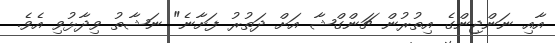
އާއި ނަންޖިންގެ އިތުރުން ޗަންގްޝާ އަށް ދަތުރު ފަށާނެ" ނަޝާތު ވިދާޅުވި އެވެ.